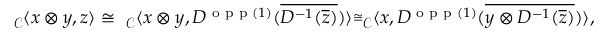
\begin{array} { r } { _ { \mathcal { C } } \langle x \otimes y , z \rangle \cong \ _ { \mathcal { C } } \langle x \otimes y , D ^ { \textnormal { o p p } ( 1 ) } ( \overline { { D ^ { - 1 } ( \overline { { z } } ) } } ) \rangle \overset { \cong } \ _ { \mathcal { C } } \langle x , D ^ { \textnormal { o p p } ( 1 ) } ( \overline { { y \otimes D ^ { - 1 } ( \overline { { z } } ) } } ) \rangle , } \end{array}